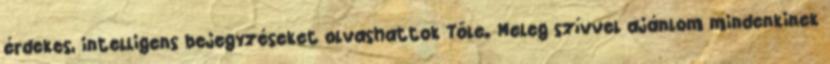
érdekes, intelligens bejegyzéseket olvashattok Tőle. Meleg szívvel ajánlom mindenkinek